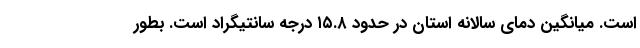
است. میانگین دمای سالانه استان در حدود ۱۵.۸ درجه سانتیگراد است. بطور